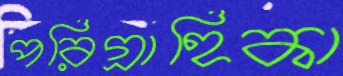
পরিগ্রাহিকা